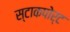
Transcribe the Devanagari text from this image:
स्टाकपोर्ट